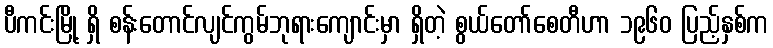
ပီကင်းမြို့ ရှိ စန်းတောင်လျင်ကွမ်ဘုရားကျောင်းမှာ ရှိတဲ့ စွယ်တော်စေတီဟာ ၁၉၆၀ ပြည့်နှစ်က